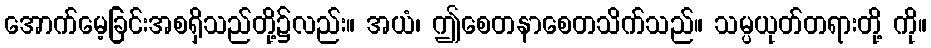
အောက်မေ့ခြင်းအစရှိသည်တို့၌လည်း။ အယံ၊ ဤစေတနာစေတသိက်သည်။ သမ္ပယုတ်တရားတို့ ကို။